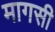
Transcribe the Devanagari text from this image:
मागसी